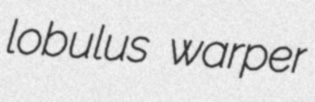
lobulus warper